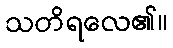
သတိရလေ၏။